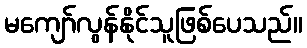
မကျော်လွန်နိုင်သူဖြစ်ပေသည်။